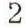
2